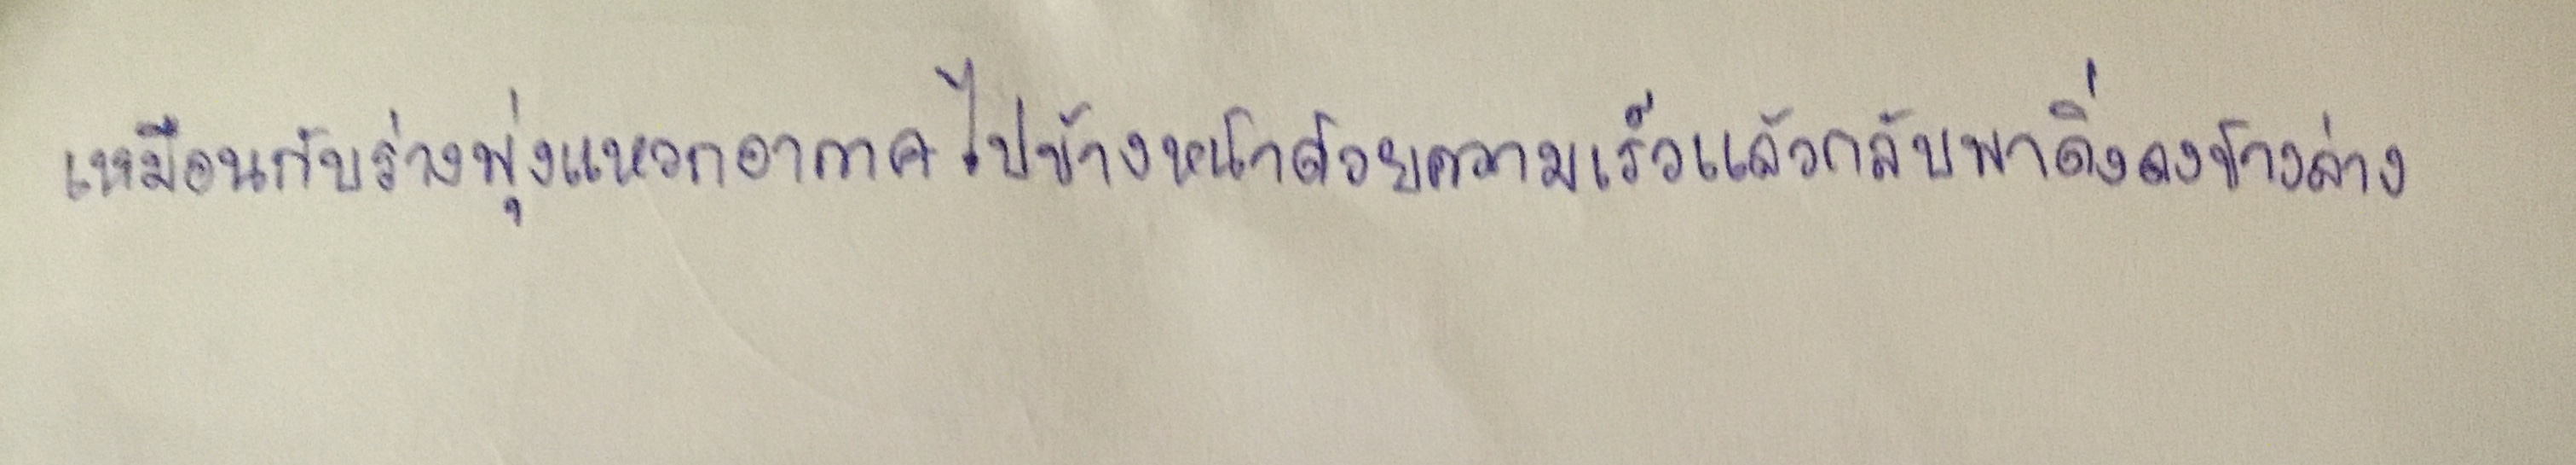
เหมือนกับร่างพุ่งแหวกอากาศไปข้างหน้าด้วยความเร็วแล้วกลับพาดิ่งลงข้างล่าง